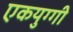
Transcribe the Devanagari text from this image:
एकयुग्गी